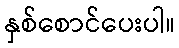
နှစ်စောင်ပေးပါ။